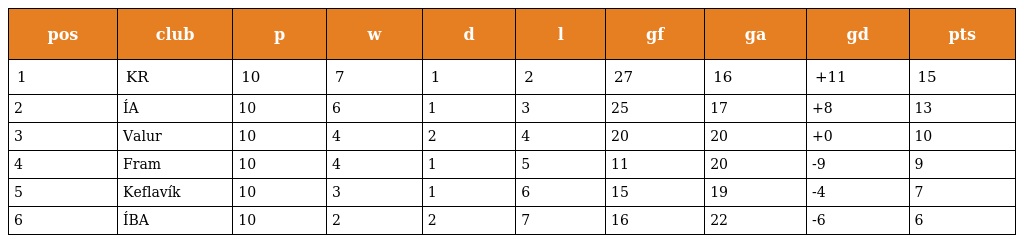
| pos | club | p | w | d | l | gf | ga | gd | pts |
 | --- | --- | --- | --- | --- | --- | --- | --- | --- | --- |
 | 1 | KR | 10 | 7 | 1 | 2 | 27 | 16 | +11 | 15 |
 | 2 | ÍA | 10 | 6 | 1 | 3 | 25 | 17 | +8 | 13 |
 | 3 | Valur | 10 | 4 | 2 | 4 | 20 | 20 | +0 | 10 |
 | 4 | Fram | 10 | 4 | 1 | 5 | 11 | 20 | -9 | 9 |
 | 5 | Keflavík | 10 | 3 | 1 | 6 | 15 | 19 | -4 | 7 |
 | 6 | ÍBA | 10 | 2 | 2 | 7 | 16 | 22 | -6 | 6 |